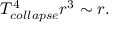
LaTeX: T _ { c o l l a p s e } ^ { 4 } r ^ { 3 } \sim r .